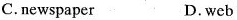
C.newspaper D. web